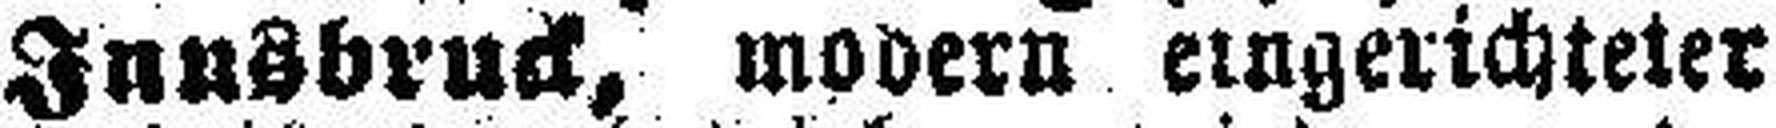
Innsbruck, modern eingerichteter